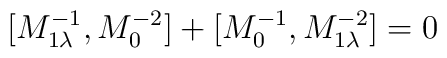
[M^{-1}_{1\lambda}, M^{-2}_0] + [M^{-1}_0, M^{-2}_{1\lambda}]=0